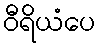
ဝီရိယံပေ